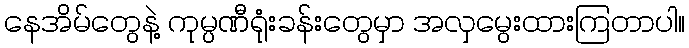
နေအိမ်တွေနဲ့ ကုမ္ပဏီရုံးခန်းတွေမှာ အလှမွေးထားကြတာပါ။